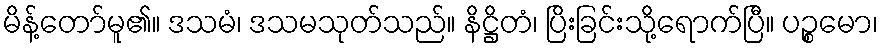
မိန့်တော်မူ၏။ ဒသမံ၊ ဒသမသုတ်သည်။ နိဋ္ဌိတံ၊ ပြိးခြင်းသို့ရောက်ပြီ။ ပဉ္စမော၊